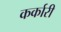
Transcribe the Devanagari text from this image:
कर्कारी